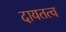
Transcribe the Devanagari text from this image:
दायतत्व